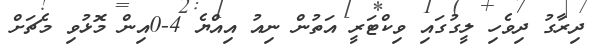
ދިރާގު ދިވެހި ލީގުގައި ވިކްޓަރީ އަތުން ނިއު އިއްޔެ 4-0އިން މޮޅުވި މެޗަށް